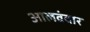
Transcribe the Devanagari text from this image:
आलवंदार